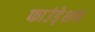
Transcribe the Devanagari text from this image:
फाउंडे्शन